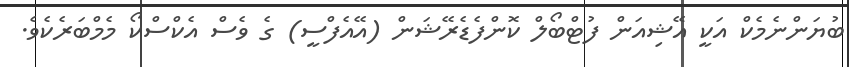
ބުޔަންނެމެކް އަކީ އޭޝިއަން ފުޓްބޯލް ކޮންފެޑެރޭޝަން (އޭއެފްސީ) ގެ ވެސް އެކްސްކޯ މެމްބަރެކެވެ.